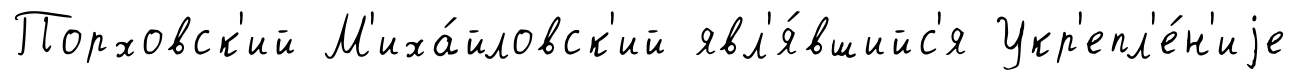
Порховск'ий М'иха́йловск'ий явл'я́вшийс'я Укр'епл'е́н'иjе